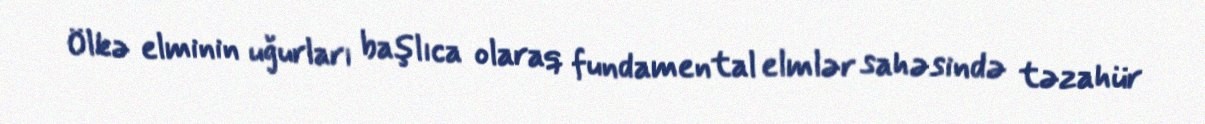
Ölkə elminin uğurları başlıca olaraq fundamental elmlər sahəsində təzahür